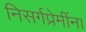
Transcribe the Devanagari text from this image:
निसर्गप्रेमींना